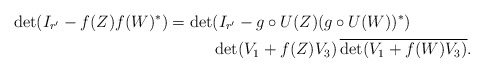
\begin{align*} \det(I_{r'}-f(Z)f(W)^*) = \det&(I_{r'} - g\circ U(Z) (g\circ U(W))^*)\\ &\det(V_1 + f(Z)V_3) \,\overline{\det(V_1 + f(W)V_3)}.\end{align*}